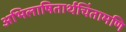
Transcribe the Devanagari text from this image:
अभिलाषितार्थचिंतामणि